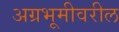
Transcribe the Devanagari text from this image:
अग्रभूमीवरील